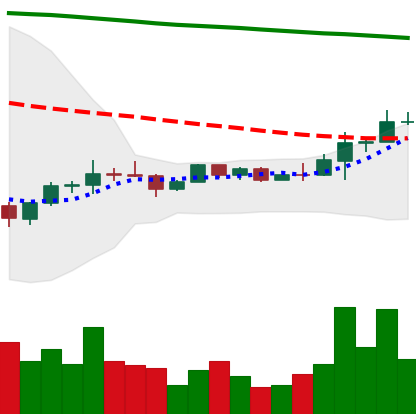
Ticker: EOS-USD
Chart end date: 2022-12-10
Forward return: -7.521%
Label: down_7plus